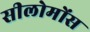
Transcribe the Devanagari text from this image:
सीलोमोंस